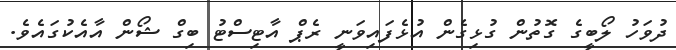
ދުވަހު ލޯބީގެ ގޮތުން ގުޅިގެން އުޅެފައިވަނީ ރެޕް އާޓިސްޓު ބިގް ޝޯން އާއެކުގައެވެ.